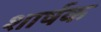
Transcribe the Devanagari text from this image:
शार्षक